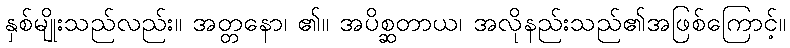
နှစ်မျိုးသည်လည်း။ အတ္တနော၊ ၏။ အပိစ္ဆတာယ၊ အလိုနည်းသည်၏အဖြစ်ကြောင့်။